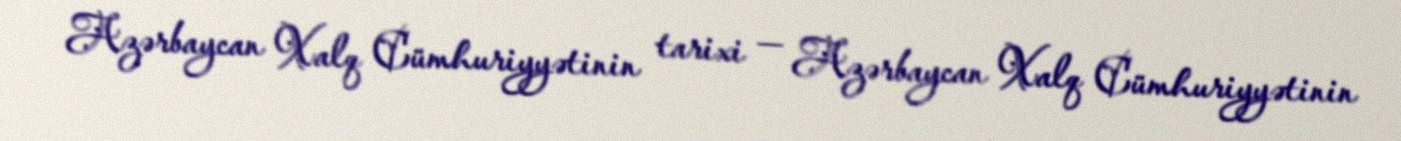
Azərbaycan Xalq Cümhuriyyətinin tarixi — Azərbaycan Xalq Cümhuriyyətinin